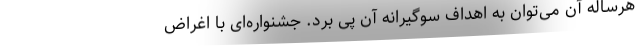
هرساله آن می‌توان به اهداف سوگیرانه آن پی برد. جشنواره‌ای با اغراض